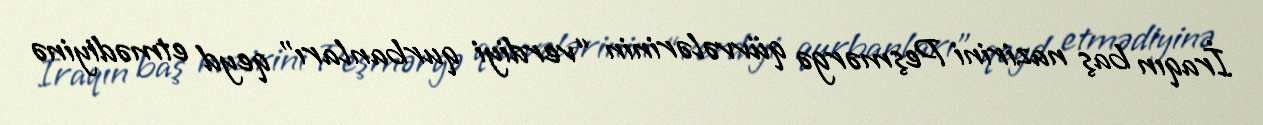
İraqın baş nazirini Peşmərgə qüvvələrinin “verdiyi qurbanları” qeyd etmədiyinə